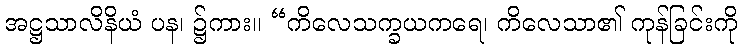
အဋ္ဌသာလိနိယံ ပန၊ ၌ကား။ “ကိလေသက္ခယကရေ၊ ကိလေသာ၏ ကုန်ခြင်းကို